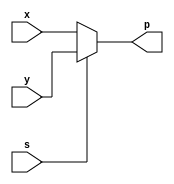
`timescale 1ns / 1ps
//////////////////////////////////////////////////////////////////////////////////
// Name : Anurat Bhattacharya (19CS10071) Sunanda Mandal(19CS10060) 
// 
// Design Name: 
// Module Name:    MUX 
// Project Name: 
// Target Devices: 
// Tool versions: 
// Description: 
//
// Dependencies: 
//
// Revision: 
// Revision 0.01 - File Created
// Additional Comments: 
//
//////////////////////////////////////////////////////////////////////////////////
module MUX(
input x,
input y,
input s,
output reg p );

	always @(x or y or s) 
		begin 
		 if(s) 
			p = y;
		 else 
			p = x;
		end

endmodule